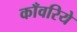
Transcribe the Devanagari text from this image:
काँवरिये